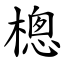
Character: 樬